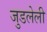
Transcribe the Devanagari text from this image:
जुडलेली